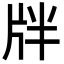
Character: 牉